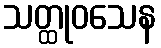
သတ္ထုဝသေန